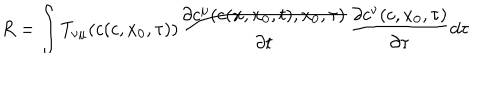
R = \int T _ { \nu \mu } ( c ( c , x _ { 0 } , \tau ) ) \frac { \partial c ^ { \mu } ( c ( x , x _ { 0 } , t ) , x _ { 0 } , \tau ) } { \partial t } \frac { \partial c ^ { \nu } ( c , x _ { 0 } , \tau ) } { \partial \tau } d \tau